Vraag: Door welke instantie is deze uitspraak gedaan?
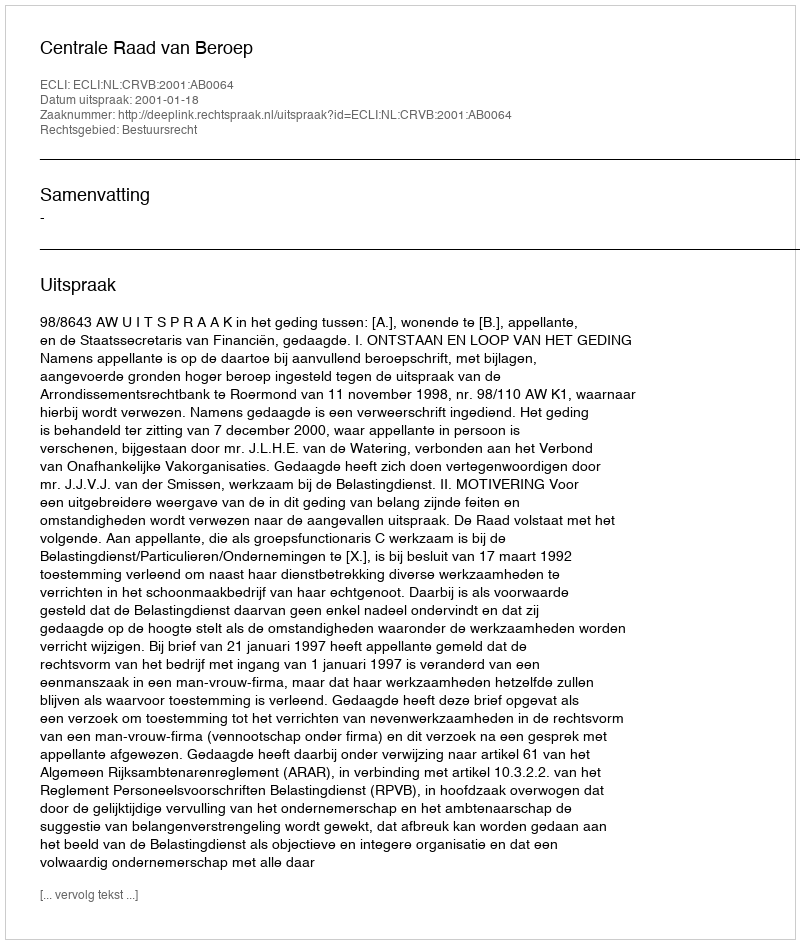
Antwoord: Centrale Raad van Beroep